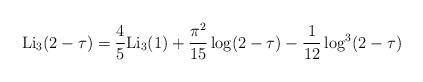
LaTeX: \begin{align*}{\rm Li}_3 (2-\tau) = \frac{4}{5} {\rm Li}_3 ( 1)+ \frac{\pi^2}{15}\log(2-\tau) - \frac{1}{12} \log^3 (2-\tau )\end{align*}